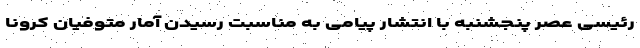
رئیسی عصر پنجشنبه با انتشار پیامی به مناسبت رسیدن آمار متوفیان کرونا